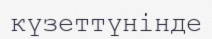
күзеттүнінде